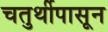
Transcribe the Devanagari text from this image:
चतुर्थीपासून